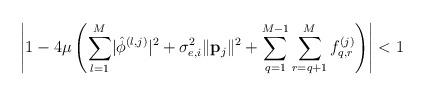
LaTeX: \begin{align*} \left\lvert1-4\mu\left(\sum_{l=1}^{M}\lvert\hat{\phi}^{\left(l,j\right)}\rvert^2+\sigma_{e,i}^2\lVert\mathbf{p}_j\rVert^2+\sum_{q=1}^{M-1}\sum_{r=q+1}^{M}f_{q,r}^{\left(j\right)}\right)\right\rvert<1\end{align*}